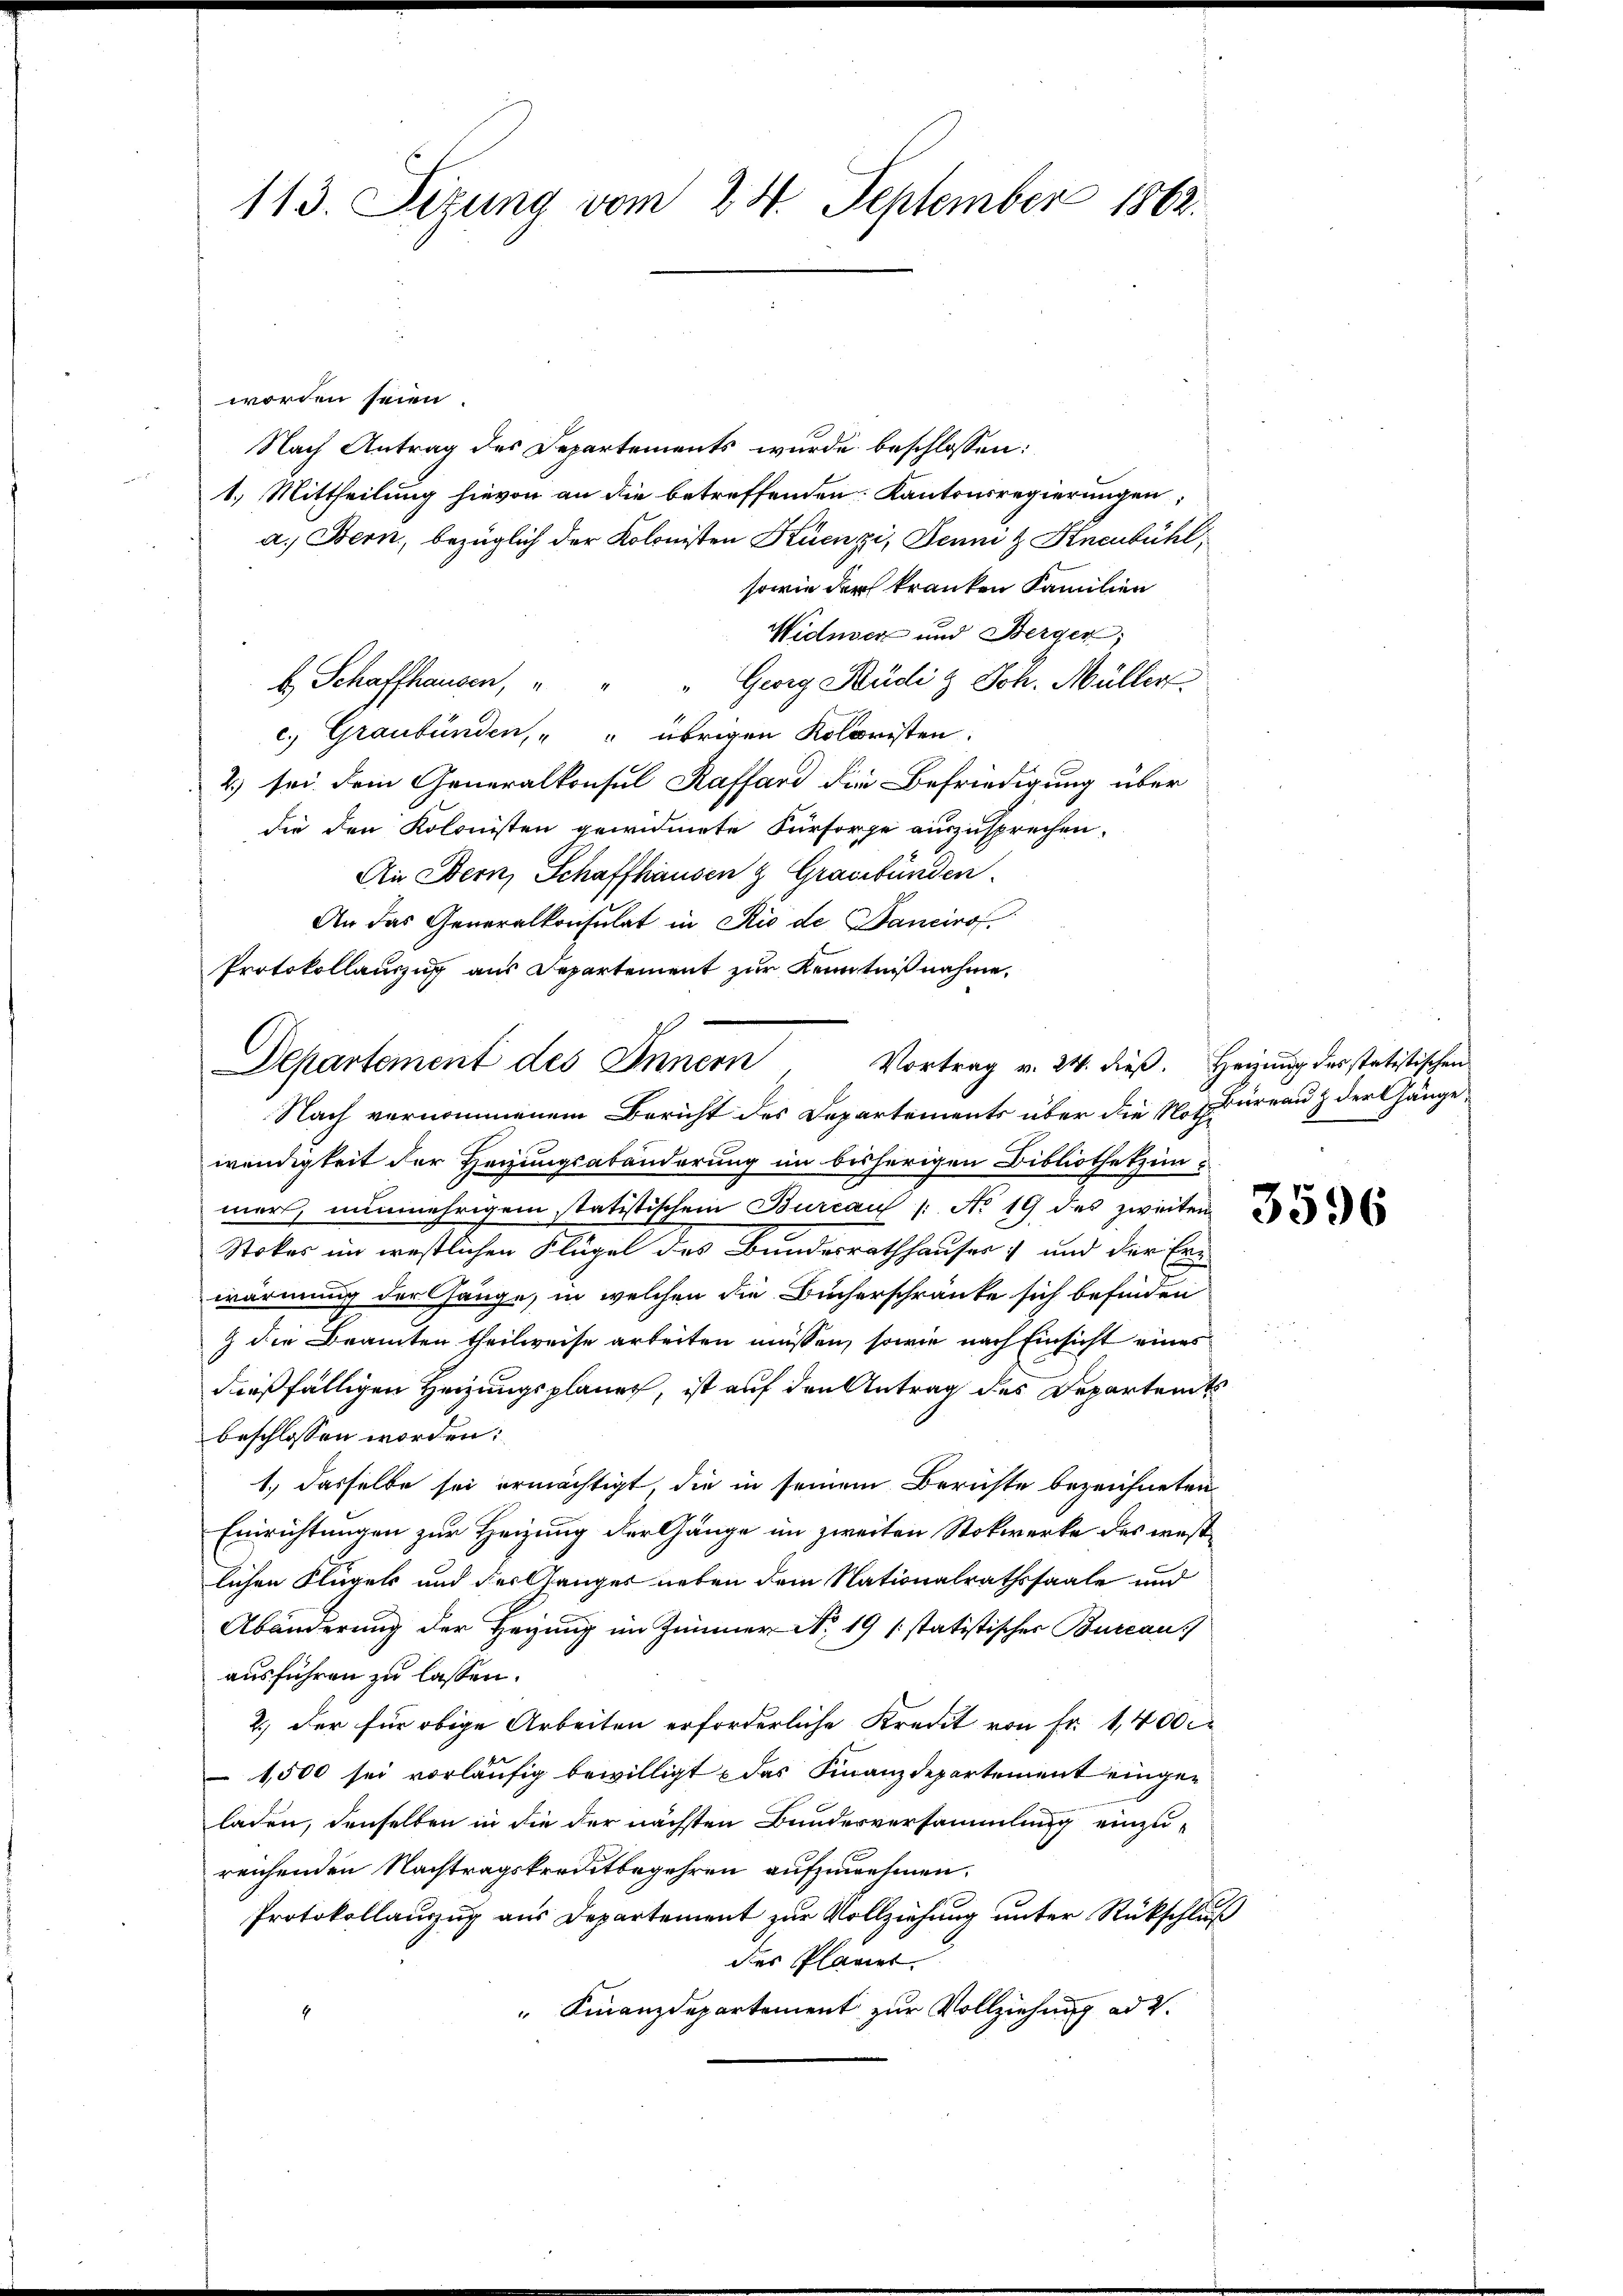
113. Sezung vom 24. September 1862.

worden seien.
Nach Antrag des Departements wurde beschlossen:
1.) Mittheilung hievon an die betreffenden Kantonsregierungen,
a. Bern, bezüglich der Kolonisten Küenzi, Dein & Knenbühl,
sowie der kranken Familien
Widmer und Berger,
b Schaffhausen, " " " Georg Hüdi & Joh. Müller
c) Graubünden, " " übrigen Kolonisten.
2) sei dem Generalkonsul Kaffard die Befriedigung über
die den Kolonisten gewidmete Fürsorge auszusprechen.
An Bern, Schaffhausen & Graubünden.
An das Generalkonsulat in Rio de Bancirof.
Protokollauszug aus Departement zur Kenntniß nahme,

Vortrag v. 24. dieß. Heizung des statistischen
Departement des Innern

Nach vernommenem Bericht des Departements über die Notdureau & der Gängewendigkeit der Heizungsabänderung im bisherigen Bibliothekzein
mert, nunmehrigem statistischem Bureau /: No 19 des zweiten a
Stoker im westlichen Flügel des Bundesrathhauses und der Erwärmung der Gänge, in welchen die Bücherschränke sich befinden
9 die Beamten theilweise arbeiten müssen, sowie nach Einsicht eines
dießfälligen Heizungsplaner, ist auf den Antrag des Departamts
beschlossen worden:
1.) Dasselbe sei ermächtigt, die in seinem Berichte bezeichneten
Einrichtungen zur Heizung der Gänge im zweiten Stokwerke des westlichen Flügels und der Ganges neben dem Nationalrathssaale und
Abänderung der Heizung im Zimmer No. 19 (statistischer Burcau)
ausführen zu lassen.
2.) Der für obige Arbeiten erforderliche Kredit von Fr. 1,400.
1,500 sei vorläufig bewilligt das Finanzdepartement eingeladen, denselben in die der nächsten Bundesversammlung einzureichenden Nachtragskreditbegehren aufzunehmen.
Protokollauszug aus Departement zur Vollziehung unter Rückschluß
des Planier
" Finanzdepartement zur Vollziehung ad 2.